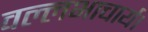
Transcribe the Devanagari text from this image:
वल्लभाचार्य।